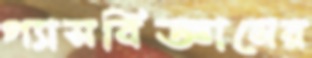
গ্যাসবিজ্ঞানের